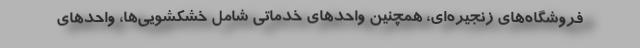
فروشگاه‌های زنجیره‌ای، همچنین واحدهای خدماتی شامل خشکشویی‌ها، واحدهای